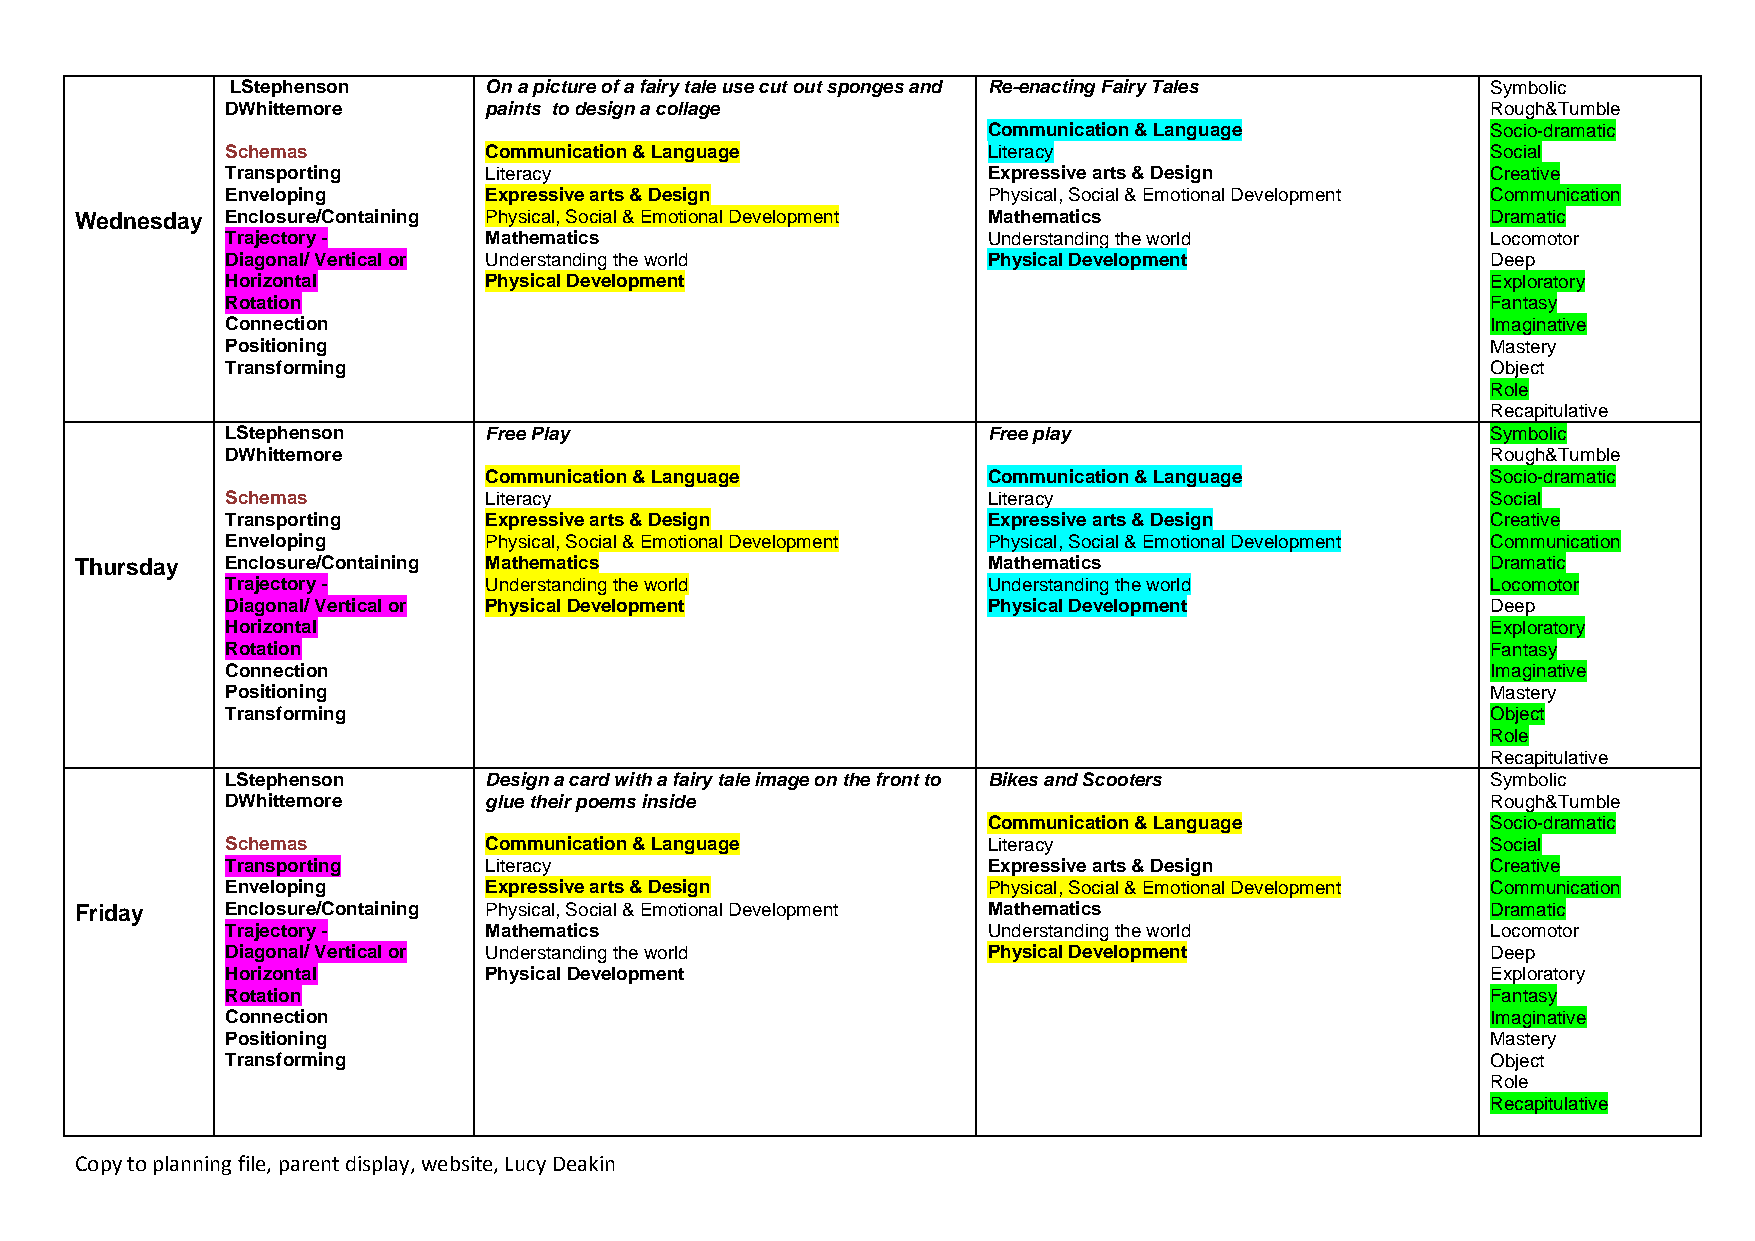
LStephenson      On a picture of a fairy tale use cut out sponges and Re-enacting Fairy Tales Symbolic
 DWhittemore      paints to design a collage                                         Rough&Tumble
 Communication & Language          Socio-dramatic
 Schemas          Communication & Language         Literacy                          Social
 Transporting     Literacy                         Expressive arts & Design          Creative
 Enveloping       Expressive arts & Design         Physical, Social & Emotional Development Communication
 Wednesday Enclosure/Containing Physical, Social & Emotional Development Mathematics           Dramatic
 Trajectory -     Mathematics                      Understanding the world           Locomotor
 Diagonal/ Vertical or Understanding the world     Physical Development              Deep
 Horizontal       Physical Development                                               Exploratory
 Rotation                                                                            Fantasy
 Connection                                                                          Imaginative
 Positioning                                                                         Mastery
 Transforming                                                                        Object
 Role
 Recapitulative
 LStephenson      Free Play                        Free play                         Symbolic
 DWhittemore                                                                         Rough&Tumble
 Communication & Language         Communication & Language          Socio-dramatic
 Schemas          Literacy                         Literacy                          Social
 Transporting     Expressive arts & Design         Expressive arts & Design          Creative
 Enveloping       Physical, Social & Emotional Development Physical, Social & Emotional Development Communication
 Thursday  Enclosure/Containing Mathematics                  Mathematics                       Dramatic
 Trajectory -     Understanding the world          Understanding the world           Locomotor
 Diagonal/ Vertical or Physical Development        Physical Development              Deep
 Horizontal                                                                          Exploratory
 Rotation                                                                            Fantasy
 Connection                                                                          Imaginative
 Positioning                                                                         Mastery
 Transforming                                                                        Object
 Role
 Recapitulative
 LStephenson      Design a card with a fairy tale image on the front to Bikes and Scooters Symbolic
 DWhittemore      glue their poems inside                                            Rough&Tumble
 Communication & Language          Socio-dramatic
 Schemas          Communication & Language         Literacy                          Social
 Transporting     Literacy                         Expressive arts & Design          Creative
 Enveloping       Expressive arts & Design         Physical, Social & Emotional Development Communication
 Friday    Enclosure/Containing Physical, Social & Emotional Development Mathematics           Dramatic
 Trajectory -     Mathematics                      Understanding the world           Locomotor
 Diagonal/ Vertical or Understanding the world     Physical Development              Deep
 Horizontal       Physical Development                                               Exploratory
 Rotation                                                                            Fantasy
 Connection                                                                          Imaginative
 Positioning                                                                         Mastery
 Transforming                                                                        Object
 Role
 Recapitulative
 Copy to planning file, parent display, website, Lucy Deakin